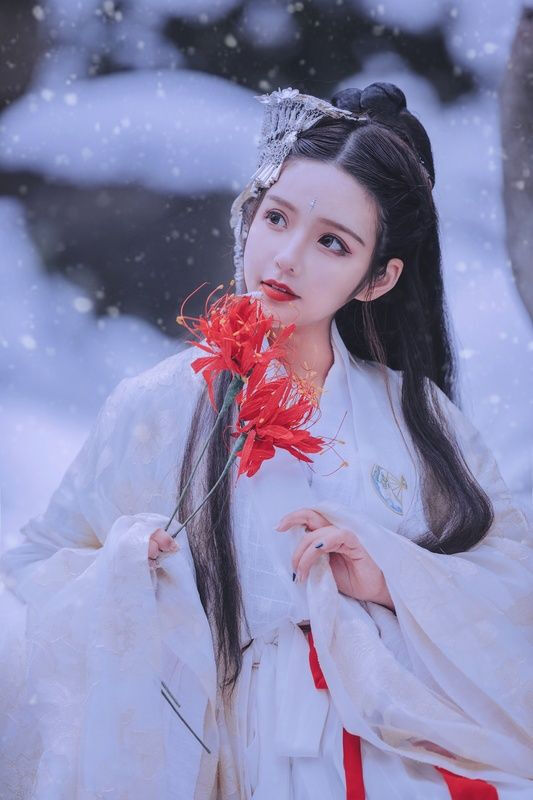
宝奁明月不欺人，明日归来君试看。